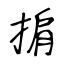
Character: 掮